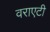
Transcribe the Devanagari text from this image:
वराएटी